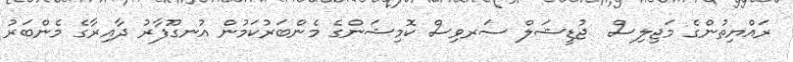
ރައްޔިތުންގެ މަޖިލިސް  ޖުޑީޝަލް ސަރވިސް ކޮމިޝަންގެ މެންބަރުކަމުން އުނގޫފާރު ދާއިރާގެ މެންބަރު